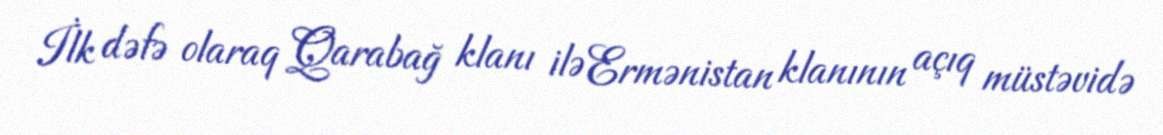
İlk dəfə olaraq Qarabağ klanı ilə Ermənistan klanının açıq müstəvidə